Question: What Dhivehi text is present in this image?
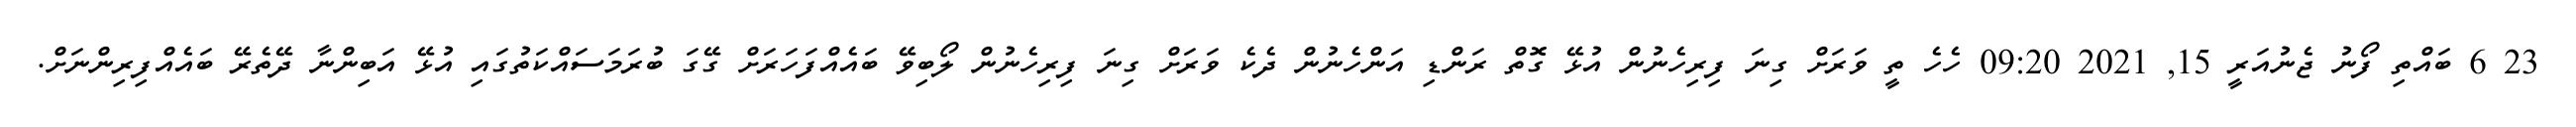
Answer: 23 6 ބައްތި ފޯނު ޖެނުއަރީ 15, 2021 09:20 ހެހެ ތީ ވަރަށް ގިނަ ފިރިހެނުން އުޅޭ ގޮތް ރަންޑި އަންހެނުން ދެކެ ވަރަށް ގިނަ ފިރިހެނުން ލޯބިވޭ ބައެއްފަހަރަށް ގޭގަ ބުރަމަސައްކަތުގައި އުޅޭ އަބިންނާ ދޭތެރޭ ބައެއްފިރިންނަށް.